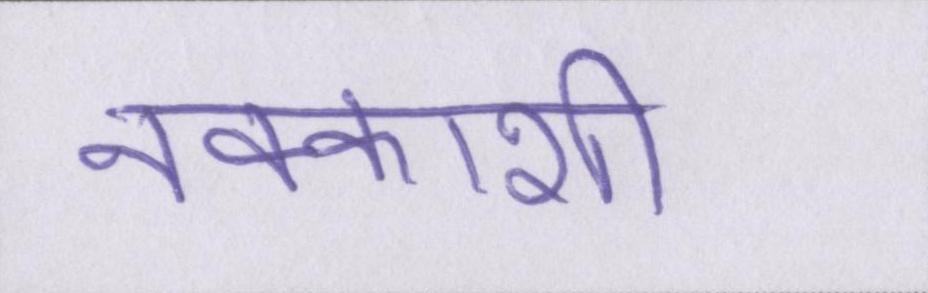
नक्काशी